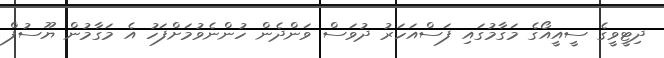
ދިޓީވީގެ ސީއީއޯގެ މަގާމުގައި ފަސްއަހަރު ދުވަސް ވަންދެން ހުންނެވުމަށްފަހު އެ މަގާމުން ޔޫސުފް